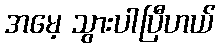
အမေ့ သွားပါပြီဟယ်